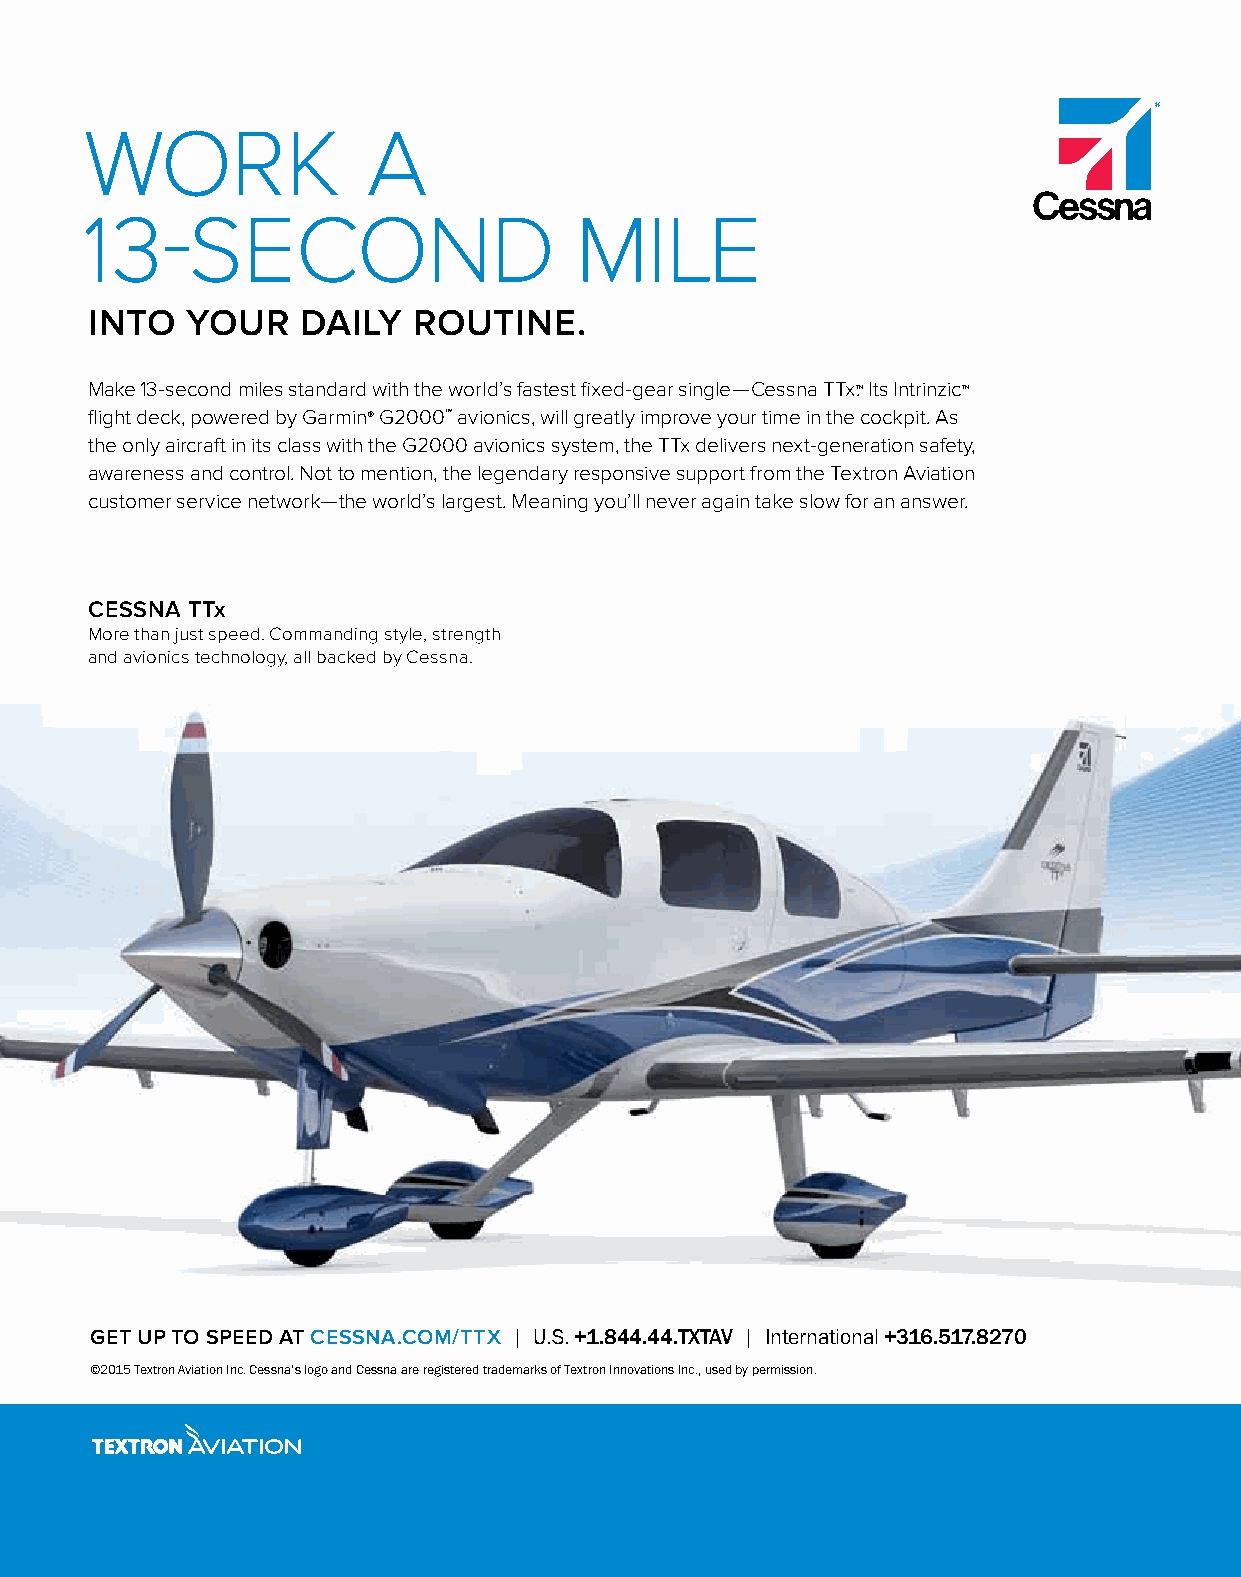
WORK              A
 13-SECOND                       MILE
 INTO  YOUR    DAILY  ROUTINE.
 Make 13-second miles standard with the world’s fastest fi xed-gear single—Cessna TTx.™ Its Intrinzic™
 fl ight deck, powered by Garmin® G2000™ avionics, will greatly improve your time in the cockpit. As
 the only aircraft in its class with the G2000 avionics system, the TTx delivers next-generation safety,
 awareness and control. Not to mention, the legendary responsive support from the Textron Aviation
 customer service network—the world’s largest. Meaning you’ll never again take slow for an answer.
 CESSNA TTx
 More than just speed. Commanding style, strength
 and avionics technology, all backed by Cessna.
 GET UP TO SPEED AT CESSNA.COM/TTX | U.S. +1.844.44.TXTAV | International +316.517.8270
 ©2015 Textron Aviation Inc. Cessna’s logo and Cessna are registered trademarks of Textron Innovations Inc., used by permission.
 TTx Ad_SPs Aviation.indd 1                                                1/6/15 10:10 AM
 Client: Textron Aviation/Cessna/TTx
 Ad Title: 13-SECOND MILE
 Publication: SP’s Aviation - January - Issue #1
 Trim: 210 x 267 mm • Bleed: 220 x 277 mm • Live: 180 x 226 mm